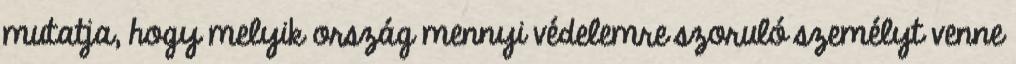
mutatja, hogy melyik ország mennyi védelemre szoruló személyt venne